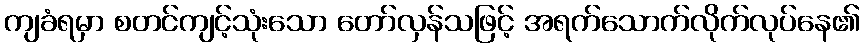
ကျခံရမှာ စတင်ကျင့်သုံးသော တော်လှန်သဖြင့် အရက်သောက်လိုက်လုပ်နေ၏